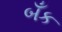
બઁક